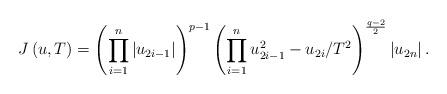
LaTeX: \begin{align*}J\left(u,T\right)=\left(\prod_{i=1}^{n}\left|u_{2i-1}\right|\right)^{p-1}\left(\prod_{i=1}^{n}u_{2i-1}^{2}-u_{2i}/T^{2}\right)^{\frac{q-2}{2}}\left|u_{2n}\right|.\end{align*}